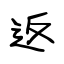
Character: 返